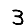
Digit: 3